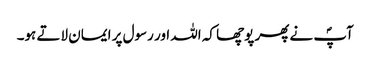
آپؐ نے پھر پوچھا کہ اللہ اور رسول پر ایمان لاتے ہو۔